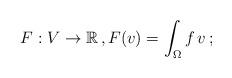
LaTeX: \begin{align*}F:V\to \mathbb{R}\,, F(v)=\int_\Omega f \, v \,;\end{align*}